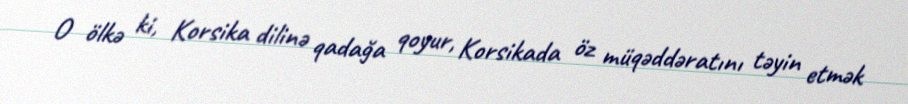
O ölkə ki, Korsika dilinə qadağa qoyur, Korsikada öz müqəddəratını təyin etmək